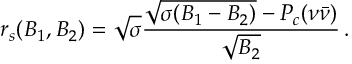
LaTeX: r _ { s } ( B _ { 1 } , B _ { 2 } ) = \sqrt { \sigma } { \frac { \sqrt { \sigma ( B _ { 1 } - B _ { 2 } ) } - P _ { c } ( \nu \bar { \nu } ) } { \sqrt { B _ { 2 } } } } \, .